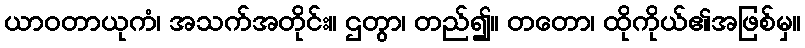
ယာဝတာယုကံ၊ အသက်အတိုင်း။ ဌတွာ၊ တည်၍။ တတော၊ ထိုကိုယ်၏အဖြစ်မှ။